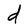
Character: d